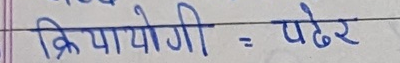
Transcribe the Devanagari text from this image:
क्रियायोगी = पढेर